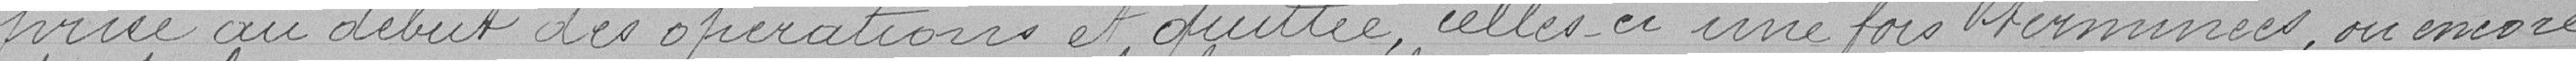
prise au défunt des opérations et quittée, celles-ci une fois terminées, ou encore